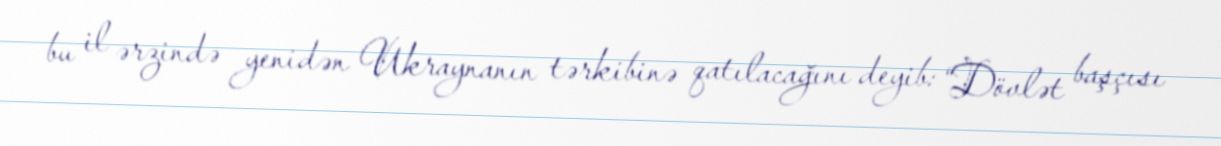
bu il ərzində yenidən Ukraynanın tərkibinə qatılacağını deyib: “Dövlət başçısı